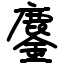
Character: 鏖